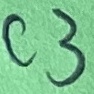
Text: C3